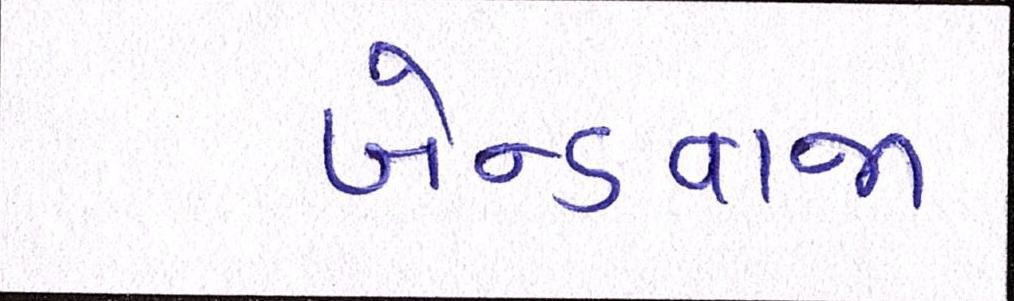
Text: બેન્ડવાજા